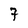
Character: 7